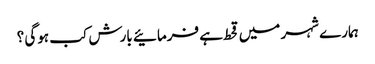
ہمارے شہر میں قحط ہے فرمائیے بارش کب ہوگی ؟